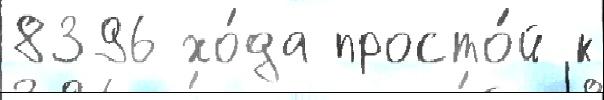
8396 хо́да просто́й к